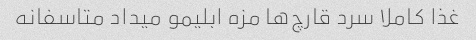
غذا کاملا سرد قارچ‌ها مزه ابلیمو میداد متاسفانه